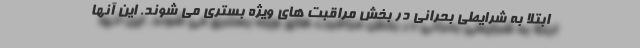
ابتلا به شرایطی بحرانی در بخش مراقبت های ویژه بستری می شوند. این آنها